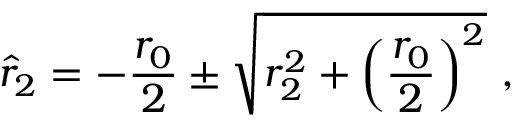
\hat { r } _ { 2 } = - { \frac { r _ { 0 } } { 2 } } \pm \sqrt { r _ { 2 } ^ { 2 } + \left( { \frac { r _ { 0 } } { 2 } } \right) ^ { 2 } } \ ,